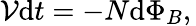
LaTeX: \mathcal{V}{\mathrm{{d}}t}=-N\mathrm{{d}}\Phi_{B},\,